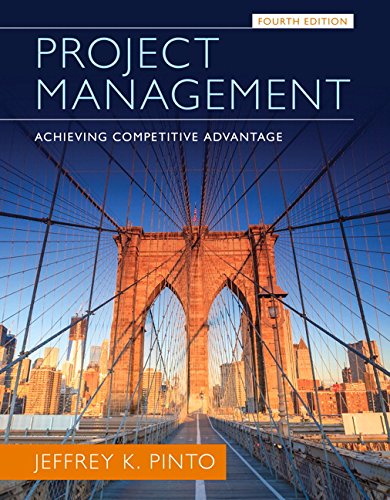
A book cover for Project Management: Achieving Competitive Advantage (4th Edition); Jeffrey K. Pinto; Business & Money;